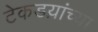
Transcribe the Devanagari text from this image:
टेकडय़ांच्या